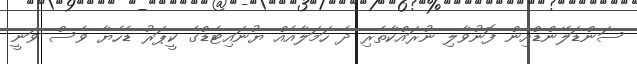
ސަންޑަލޭންޑްއިން ފޮނުވާލި ނުރައްކާތެރި ދެ ހަމަލާއެއް ޔުނައިޓެޑްގެ ކީޕަރު ޑެހެޔާ ވެސް ވަނީ